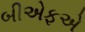
બીએફએ